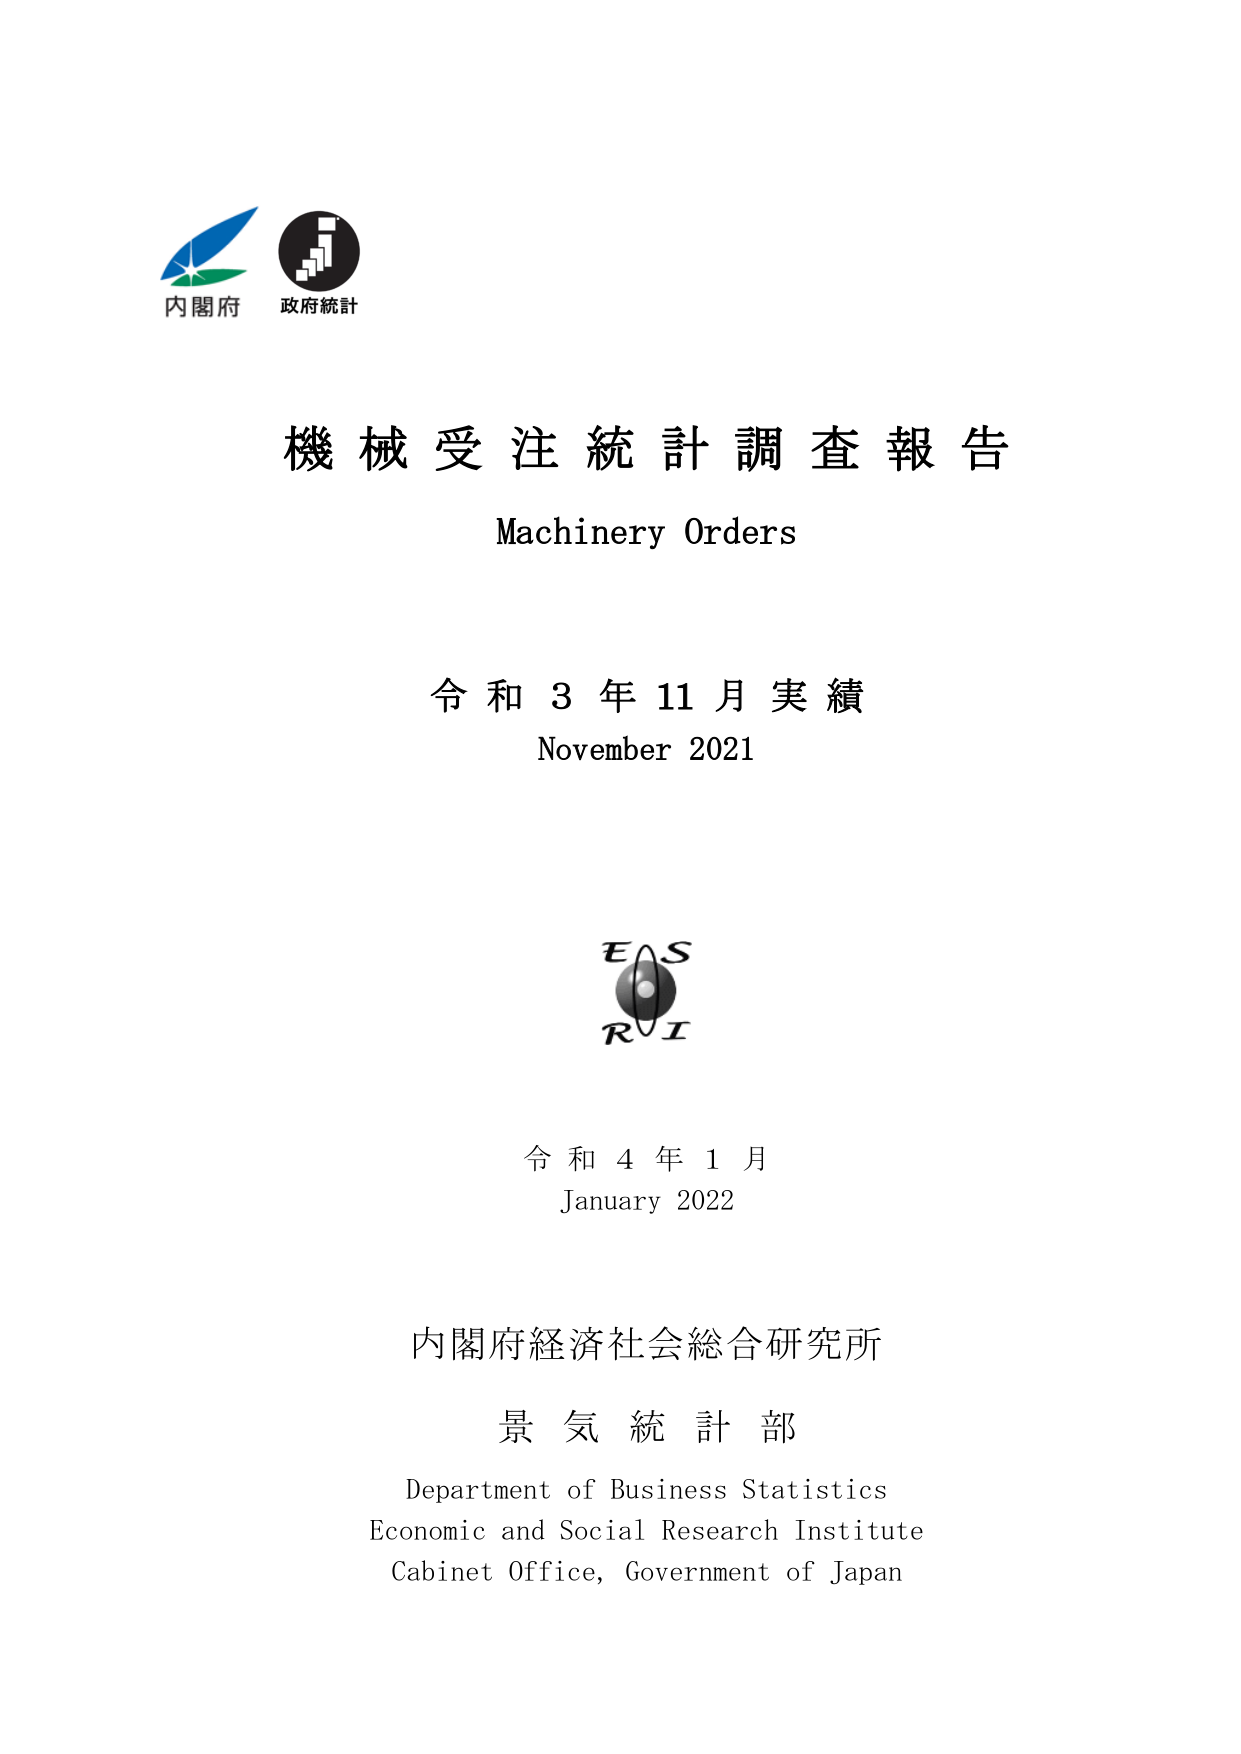
内閣府
政府統計

機械受注統計調査報告
Machinery Orders

令和3年11月実績
November 2021

EAS
RI

令和4年1月
January 2022

内閣府経済社会総合研究所
景気統計部
Department of Business Statistics
Economic and Social Research Institute
Cabinet Office, Government of Japan